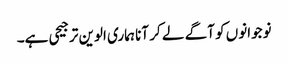
نوجوانوں کو آگے لے کر آنا ہماری الوین ترجیحی ہے۔